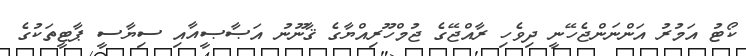
ކޯޓު އަމުރު އަންނަންޖެހޭނީ ދިވެހި ރާއްޖޭގެ ޖުމްހޫރިއްޔާގެ ޤާނޫނު އަޞާޞީއާއި ސިޔާސީ ޕާޓީތަކުގެ